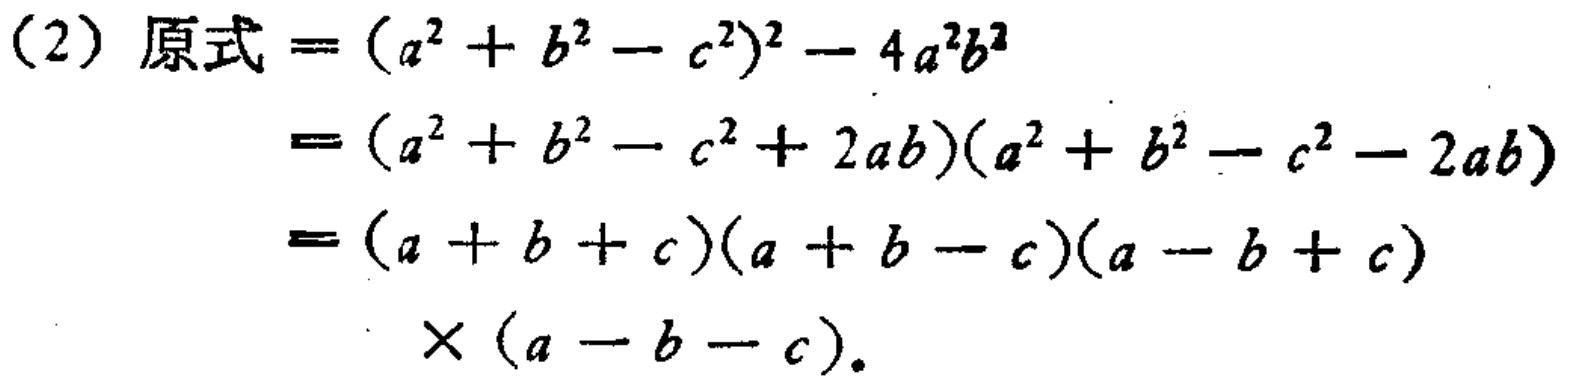
(2) 原式$=(a^{2}+b^{2}-c^{2})^{2}-4a^{2}b^{2}$

$=(a^{2}+b^{2}-c^{2}+2ab)(a^{2}+b^{2}-c^{2}-2ab)$

$=(a + b + c)(a + b - c)(a - b + c)$

$\times(a - b - c)$。